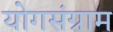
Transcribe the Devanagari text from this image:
योगसंग्राम